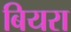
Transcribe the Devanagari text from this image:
बियरा